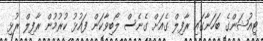
ޓިއުޝަންގެ ބަހަނާގައި ރާފިލް ގެއަށް ގެނެސް ލޯބިވާކަން ފައުޅު ކުރުމުން ރާފިލް ރުޅި